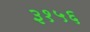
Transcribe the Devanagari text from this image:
३१५६